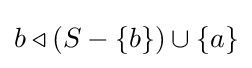
b\triangleleft (S-\lbrace b\rbrace )\cup \lbrace a\rbrace